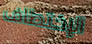
الإختطاف